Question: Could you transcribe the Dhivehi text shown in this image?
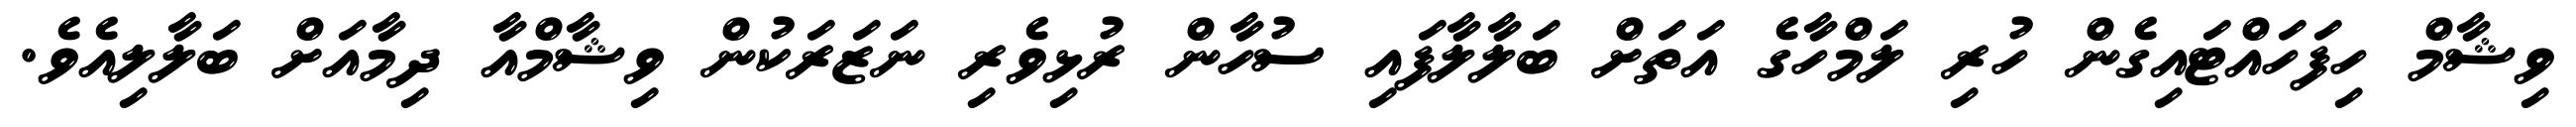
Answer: ވިޝާމް ހިފަހައްޓައިގެން ހުރި ލަމްހާގެ އަތަށް ބަލާލާފައި ސުހާން ރުޅިވެރި ނަޒަރަކުން ވިޝާމްއާ ދިމާއަށް ބަލާލިއެވެ.